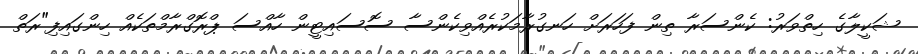
ޝަކީލާގެ ހިތްވަރު: ކެންސަރާ ތިން ފަހަރަށް ހަނގުރާމަކުރެއްވިކެންސާ ސޮސައިޓީން ހާއްސަ ޕްރޮގްރާމްތަކެއް ހިންގައިފި"ރަތް